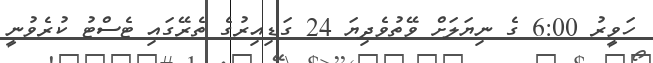
ހަވީރު 6:00 ގެ ނިޔަލަށް ވޭތުވެދިޔަ 24 ގަޑިއިރުގެ ތެރޭގައި ޓެސްޓު ކުރެވުނީ